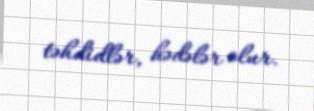
təhdidlər, hədələr olur.